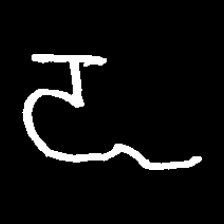
Pyu character \u2014 Myanmar letter: ဍ (romanized: dda)